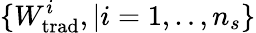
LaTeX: \{ W_{\mathrm{trad}}^{i},|i=1,..,n_{s}\}